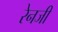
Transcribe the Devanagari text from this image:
रेनजी